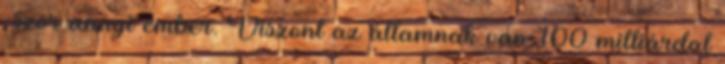
-szor annyi ember. Viszont az államnak van 100 milliárdal